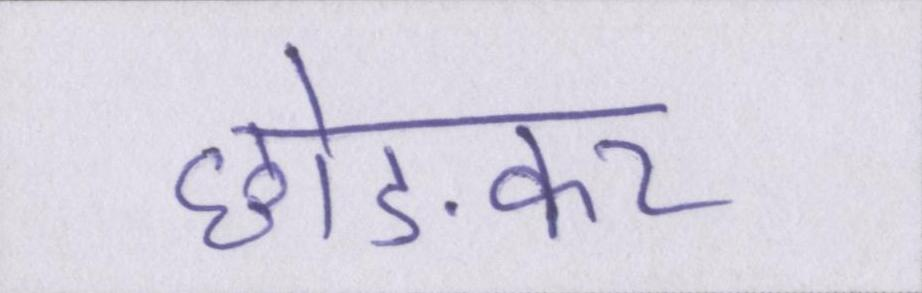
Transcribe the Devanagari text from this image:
छोङकर